Indian journal of veterinary science and animal husbandry - Volume 14,
Year: 1944
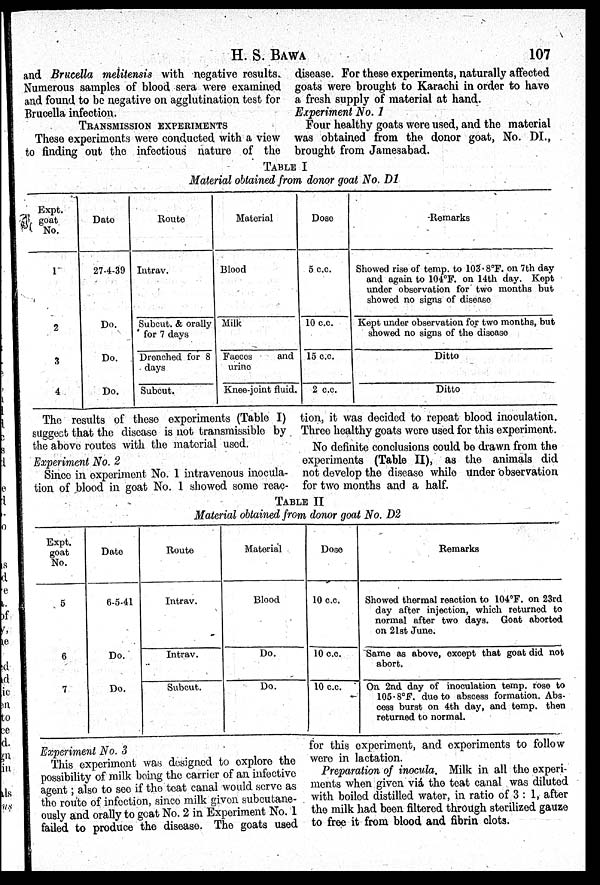
H. S. BAWA 107
and Brucella melitensis with negative results.
Numerous samples of blood sera were examined
and found to be negative on agglutination test for
Brucella infection.
TRANSMISSION EXPERIMENTS
These experiments were conducted with a view
to finding out the infectious nature of the
disease. For these experiments, naturally affected
goats were brought to Karachi in order to have
a fresh supply of material at hand.
Experiment No. 1
Four healthy goats were used, and the material
was obtained from the donor goat, No. DI,
brought from Jamesabad.
TABLE I
Material obtained from donor goat No. D1
Expt.
goat
No.
1
2
3
4
Date
27-4-39
Do.
Do.
Do.
Route
Intrav.
Subcut. & orally
for 7 days
Drenched for 8
days
Subcut.
Material
Blood
Milk
Faeces
and
urine
Knee-joint fluid.
Dose
5 c.c.
10 c.c.
15 c.c.
2 c.c.
Remarks
Showed rise of temp. to 103.8°F. on 7th day
and again to 104°F. on 14th day. Kept
under observation for two months but
showed no signs of disease
Kept under observation for two months, but
showed no signs of the disease
Ditto
Ditto
The results of these experiments (Table I)
suggest that the disease is not transmissible by
the above routes with the material used.
Experiment No. 2
Since in experiment No. 1 intravenous inocula-
tion of blood in goat No. 1 showed some reac-
tion, it was decided to repeat blood inoculation.
Three healthy goats were used for this experiment.
No definite conclusions could be drawn from the
experiments (Table II), as the animals did
not develop the disease while under observation
for two months and a half.
TABLE II
Material obtained from donor goat No. D2
Expt.
goat
No.
5
6
7
Date
6-5-41
Do.
Do.
Route
Intrav.
Intrav.
Subcut.
Material
Blood
Do.
Do.
Dose
10 c.c.
10 c.c.
10 c.c.
Remarks
Showed thermal reaction to 104°F. on 23rd
day after injection, which returned to
normal after two days. Goat aborted
on 21st June.
Same as above, except that goat did not
abort.
On 2nd day of inoculation temp. rose to
105.8°F. due to abscess formation. Abs-
cess burst on 4th day, and temp. then
returned to normal.
Experiment No. 3
This experiment was designed to explore the
possibility of milk being the carrier of an infective
agent ; also to see if the teat canal would serve as
the route of infection, since milk given subcutane-
ously and orally to goat No. 2 in Experiment No. 1
failed to produce the disease. The goats used
for this experiment, and experiments to follow
were in lactation.
Preparation of inocula. Milk in all the experi-
ments when given viá the teat canal was diluted
with boiled distilled water, in ratio of 3 : 1, after
the milk had been filtered through sterilized gauze
to free it from blood and fibrin clots.